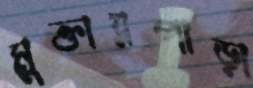
মুক্তারপাড়া